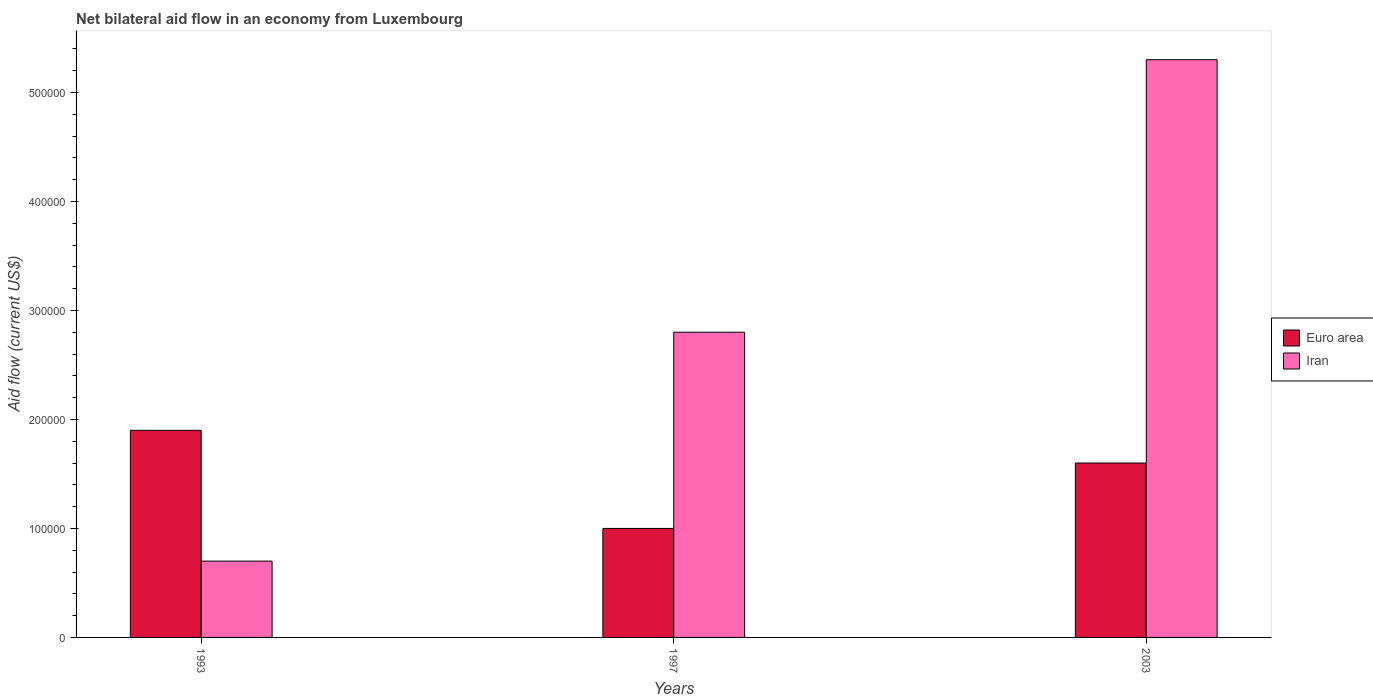
| Years | Euro area | Iran |
 | --- | --- | --- |
 | 1993 | 1.9e+05 | 7e+04 |
 | 1997 | 1e+05 | 2.8e+05 |
 | 2003 | 1.6e+05 | 5.3e+05 |